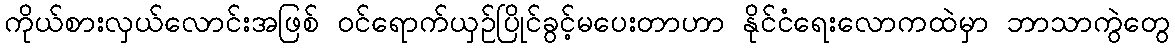
ကိုယ်စားလှယ်လောင်းအဖြစ် ဝင်ရောက်ယှဉ်ပြိုင်ခွင့်မပေးတာဟာ နိုင်ငံရေးလောကထဲမှာ ဘာသာကွဲတွေ